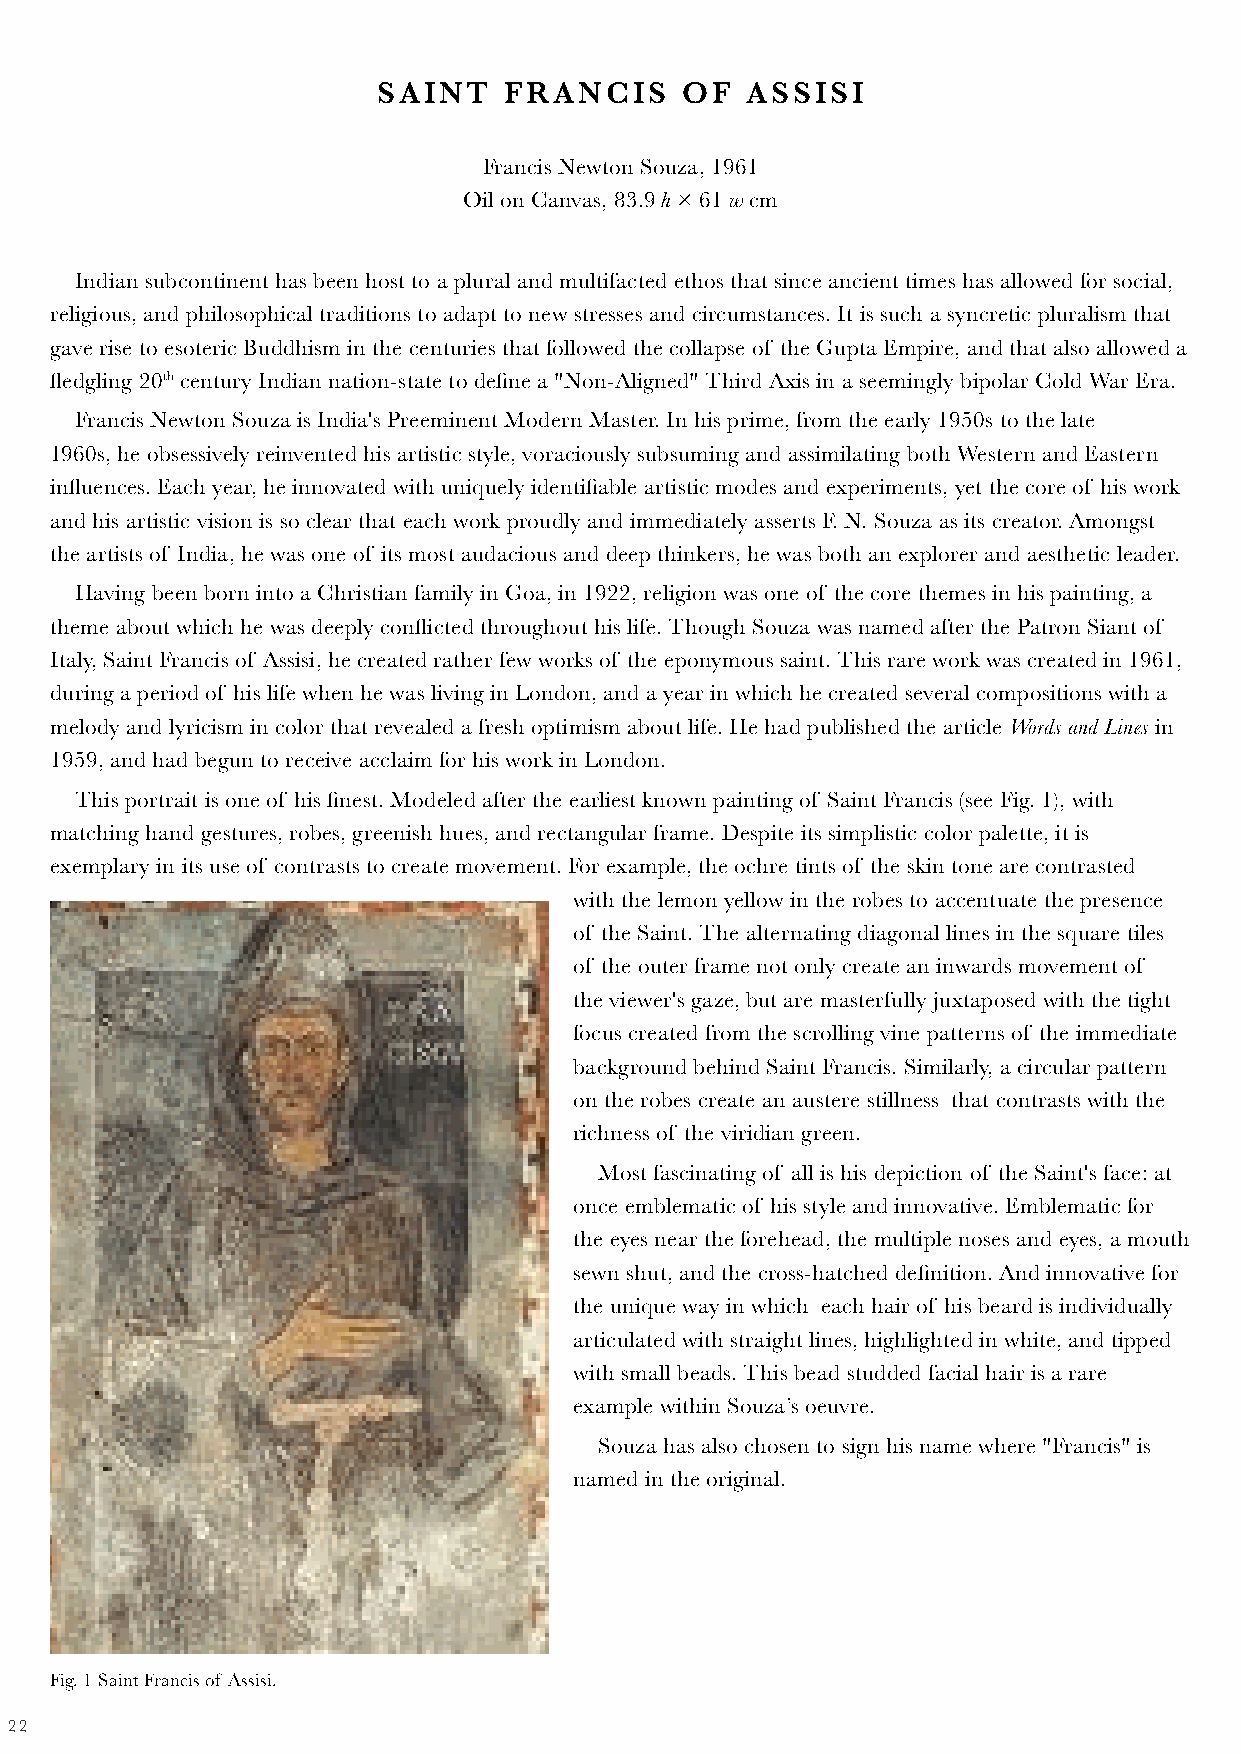
SAINT   FRANCIS     OF  ASSISI
 Francis Newton Souza, 1961
 Oil on Canvas, 83.9 h × 61 w cm
 Indian subcontinent has been host to a plural and multifacted ethos that since ancient times has allowed for social,
 religious, and philosophical traditions to adapt to new stresses and circumstances. It is such a syncretic pluralism that
 gave rise to esoteric Buddhism in the centuries that followed the collapse of the Gupta Empire, and that also allowed a
 fledgling 20th century Indian nation-state to define a "Non-Aligned" Third Axis in a seemingly bipolar Cold War Era.
 Francis Newton Souza is India's Preeminent Modern Master. In his prime, from the early 1950s to the late
 1960s, he obsessively reinvented his artistic style, voraciously subsuming and assimilating both Western and Eastern
 influences. Each year, he innovated with uniquely identifiable artistic modes and experiments, yet the core of his work
 and his artistic vision is so clear that each work proudly and immediately asserts F. N. Souza as its creator. Amongst
 the artists of India, he was one of its most audacious and deep thinkers, he was both an explorer and aesthetic leader.
 Having been born into a Christian family in Goa, in 1922, religion was one of the core themes in his painting, a
 theme about which he was deeply conflicted throughout his life. Though Souza was named after the Patron Siant of
 Italy, Saint Francis of Assisi, he created rather few works of the eponymous saint. This rare work was created in 1961,
 during a period of his life when he was living in London, and a year in which he created several compositions with a
 melody and lyricism in color that revealed a fresh optimism about life. He had published the article Words and Lines in
 1959, and had begun to receive acclaim for his work in London.
 This portrait is one of his finest. Modeled after the earliest known painting of Saint Francis (see Fig. 1), with
 matching hand gestures, robes, greenish hues, and rectangular frame. Despite its simplistic color palette, it is
 exemplary in its use of contrasts to create movement. For example, the ochre tints of the skin tone are contrasted
 with the lemon yellow in the robes to accentuate the presence
 of the Saint. The alternating diagonal lines in the square tiles
 of the outer frame not only create an inwards movement of
 the viewer's gaze, but are masterfully juxtaposed with the tight
 focus created from the scrolling vine patterns of the immediate
 background behind Saint Francis. Similarly, a circular pattern
 on the robes create an austere stillness that contrasts with the
 richness of the viridian green.
 Most fascinating of all is his depiction of the Saint's face: at
 once emblematic of his style and innovative. Emblematic for
 the eyes near the forehead, the multiple noses and eyes, a mouth
 sewn shut, and the cross-hatched definition. And innovative for
 the unique way in which each hair of his beard is individually
 articulated with straight lines, highlighted in white, and tipped
 with small beads. This bead studded facial hair is a rare
 example within Souza’s oeuvre.
 Souza has also chosen to sign his name where "Francis" is
 named in the original.
 Fig. 1 Saint Francis of Assisi.
 22